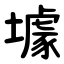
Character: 壉